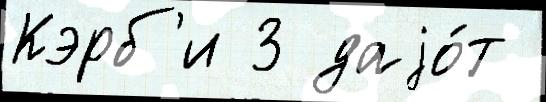
Кэрб'и 3 даjо́т